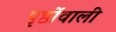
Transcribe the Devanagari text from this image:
पृष्ठोंवाली